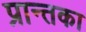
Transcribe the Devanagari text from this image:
प्रान्तका